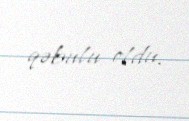
qəbulu oldu.